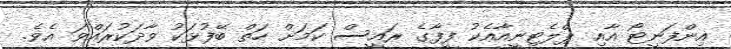
އިންފަނީޓޯ އާއި ޕްލެޓިނީއާއެކު ފީފާގެ ރައީސް ކަމަށް ހަތް ބޭފުޅަކު ވާދަކުރައްވަ އެވެ.